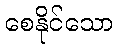
စေနိုင်သော